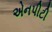
એનપીટી